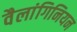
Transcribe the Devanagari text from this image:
वैलांगिनियन